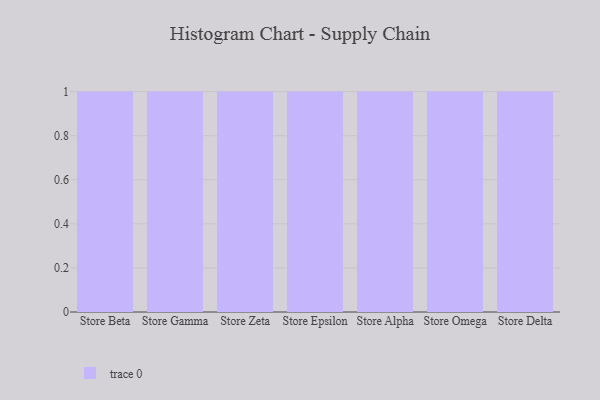
{"axis": {"x": "Store", "y": "Satisfaction Score"}, "legend": [""], "data": [{"x": "Store Beta", "y": 80, "type": ""}, {"x": "Store Gamma", "y": 19, "type": ""}, {"x": "Store Zeta", "y": 92, "type": ""}, {"x": "Store Epsilon", "y": 33, "type": ""}, {"x": "Store Alpha", "y": 99, "type": ""}, {"x": "Store Omega", "y": 18, "type": ""}, {"x": "Store Delta", "y": 50, "type": ""}]}